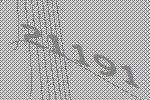
21191